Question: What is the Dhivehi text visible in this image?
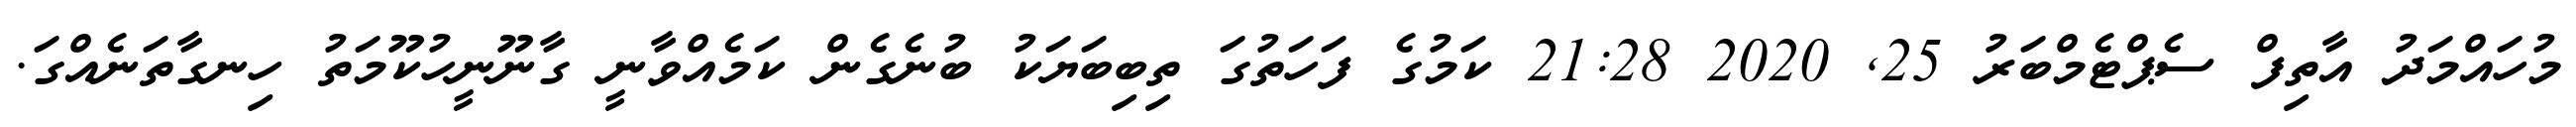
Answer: މުހައްމަދު އާތިފް ސެޕްޓެމްބަރު 25, 2020 21:28 ކަމުގެ ފަހަތުގަ ތިބިބަޔަކު ބުނެގެން ކަމެއްވާނީ ގާނޫނީހުކޫމަތު ހިނގާތަނެއްގަ.